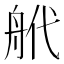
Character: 𦨮